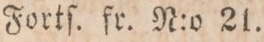
Fortſ. fr. N:o 21.